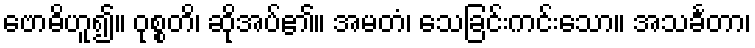
ဗောဓိဟူ၍။ ဝုစ္စတိ၊ ဆိုအပ်၏။ အမတံ၊ သေခြင်းကင်းသော။ အသင်္ခတာ၊